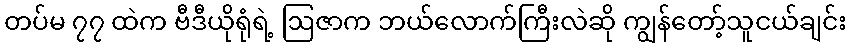
တပ်မ ၇၇ ထဲက ဗီဒီယိုရုံရဲ့ ဩဇာက ဘယ်လောက်ကြီးလဲဆို ကျွန်တော့်သူငယ်ချင်း